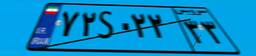
۴۱S۰۳۱۸۹